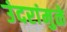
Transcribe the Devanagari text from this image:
उंदरांमुळे